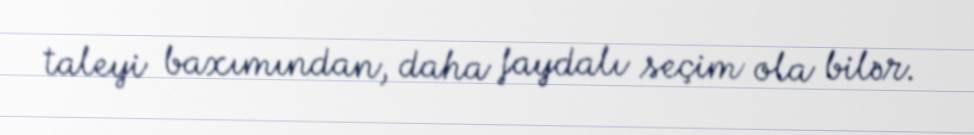
taleyi baxımından, daha faydalı seçim ola bilər.